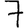
Digit: 7